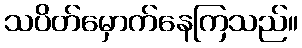
သပိတ်မှောက်နေကြသည်။